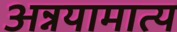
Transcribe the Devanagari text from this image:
अन्नयामात्य